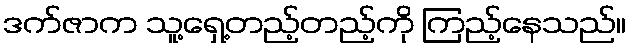
ဒက်ဇာက သူ့ရှေ့တည့်တည့်ကို ကြည့်နေသည်။